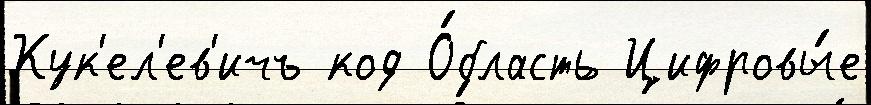
Кук'ел'ев'ичъ код О́бласть Цифровы́е